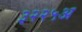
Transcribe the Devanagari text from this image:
३२२५अ